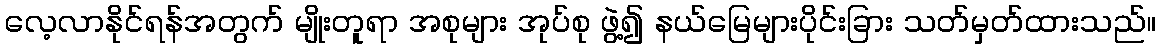
လေ့လာနိုင်ရန်အတွက် မျိုးတူရာ အစုများ အုပ်စု ဖွဲ့၍ နယ်မြေများပိုင်းခြား သတ်မှတ်ထားသည်။